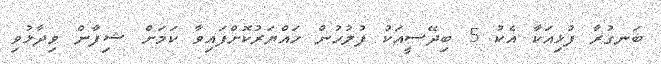
ބަނގުރާ ފުޅިއަކާ އެކު 5 ބިދޭސީއަކު ފުލުހުން ހައްޔަރުކޮށްފައިވާ ކަމަށް ޝިފާން ވިދާޅުވި